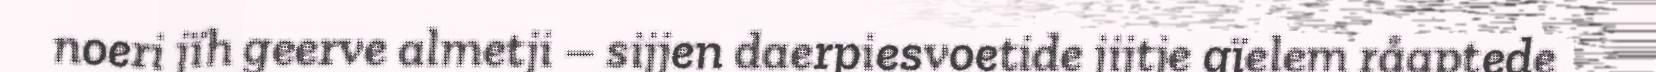
noeri jïh geerve almetji – sijjen daerpiesvoetide jijtje gïelem råaptede